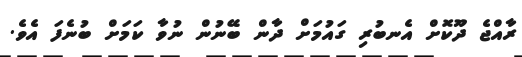
ރާއްޖެ ދޫކޮށް އެނބުރި ގައުމަށް ދާން ބޭނުން ނުވާ ކަމަށް ބުނެފަ އެވެ.